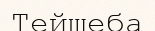
Тейшеба